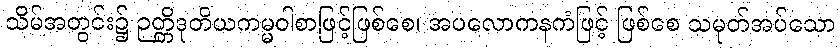
သိမ်အတွင်း၌ ဉတ္တိဒုတိယကမ္မဝါစာဖြင့်ဖြစ်စေ၊ အပလောကနကံဖြင့် ဖြစ်စေ သမုတ်အပ်သော